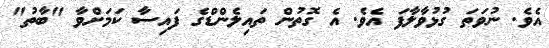
އެވެ. ނުވަތަ ގުޅުވާލާފަ އެވެ. އެ ގޮތުން ތައިލެންޑްގެ ފައިސާ ކަމަށްވާ "ބާތު"